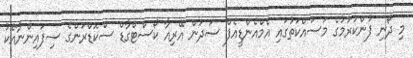
މި ދޯނި ފުންކުރުމުގެ މަސައްކަތުގައި އެމްއެންޑީއެފް ސަދަން އޭރިއާ ކޯސްޓްގާޑް ސްކޮޑްރަންގެ ސިފައިންނާއެކު